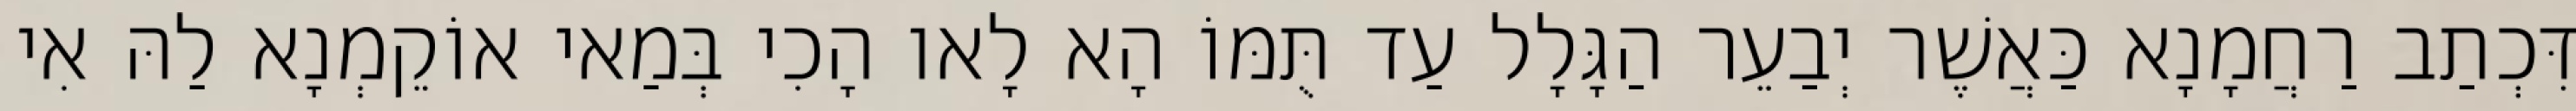
דִּכְתַב רַחֲמָנָא כַּאֲשֶׁר יְבַעֵר הַגָּלָל עַד תֻּמּוֹ הָא לָאו הָכִי בְּמַאי אוֹקֵמְנָא לַהּ אִי